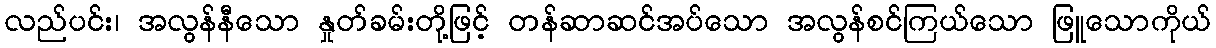
လည်ပင်း၊ အလွန်နီသော နှုတ်ခမ်းတို့ဖြင့် တန်ဆာဆင်အပ်သော အလွန်စင်ကြယ်သော ဖြူသောကိုယ်